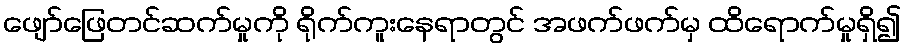
ဖျော်ဖြေတင်ဆက်မှုကို ရိုက်ကူးနေရာတွင် အဖက်ဖက်မှ ထိရောက်မှုရှိ၍